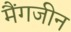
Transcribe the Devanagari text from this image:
मैंगजीन